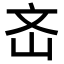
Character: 𡵡